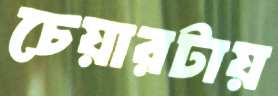
চেয়ারটায়